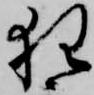
狂